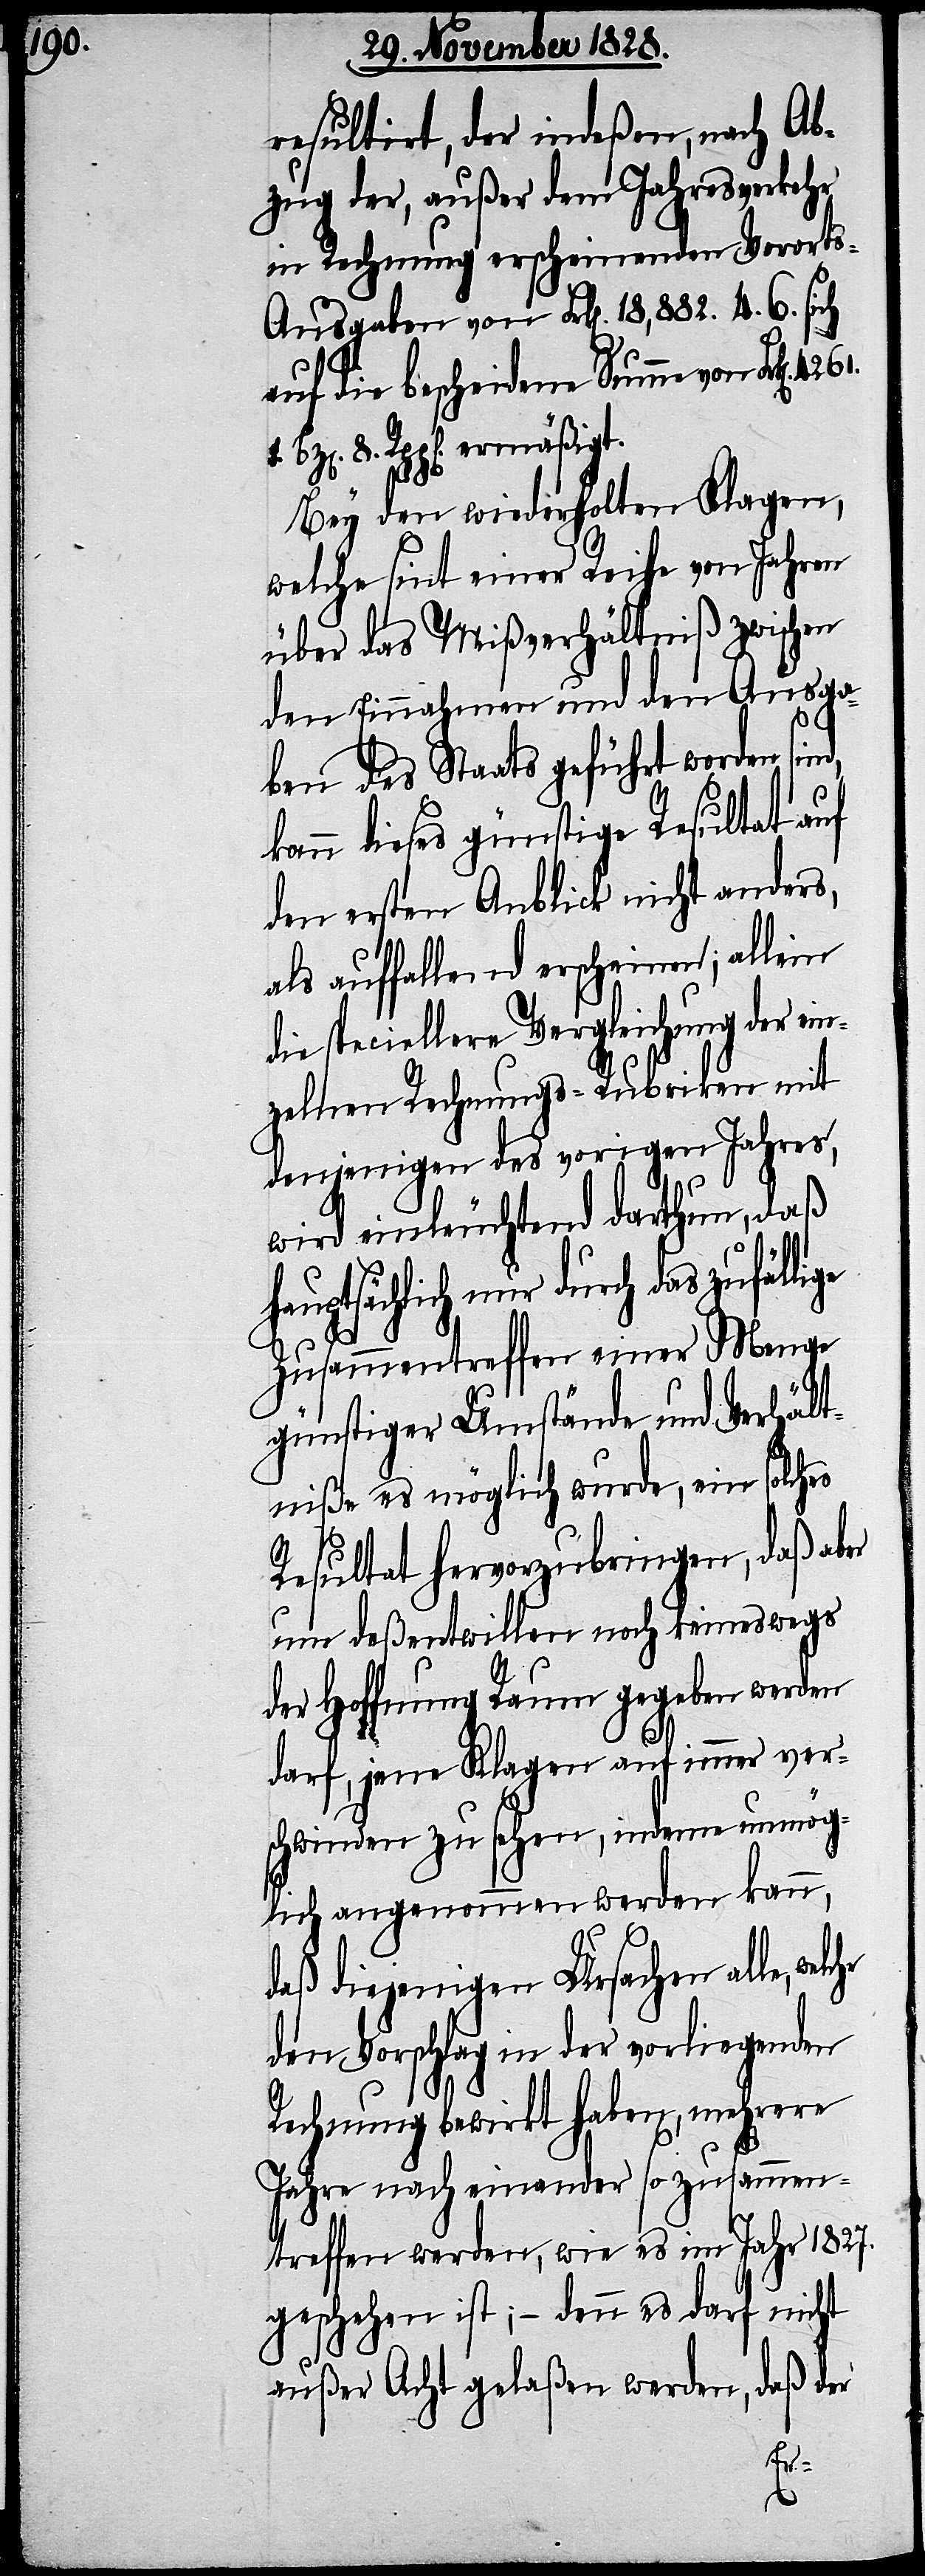
resultirt, der indeßen, nach Ab¬
zug der, außer dem Jahresverkehr
in Rechnung erscheinenden Vorort¬
s-Ausgaben von Frk[en]. 18,882. 4. 6. sich
auf die bescheidene Summe von Frk[en].
Rpp[en]. ermäßigt.
Bey den wiederholten Klagen,
welche sint einer Reihe von Jahren
über das Mißverhältniß zwischen
den Einnahmen und den Ausga¬
ben des Staats geführt worden
kann dieses günstige Resultat auf
den ersten Anblick nicht anders,
als auffallend erscheinen; allein
die speciellere Vergleichung der ein¬
zelnen Rechnungs-Rubriken mit
denjenigen des vorigen Jahres,
wird einleuchtend darthun, daß
sächlich nur durch das zufäl¬
Zusammentreffen einer Menge
günstiger Umstände und Verhält¬
niße es möglich wurde, ein solches
Resultat hervorzubringen, daß aber
um deßentweilen noch keineswegs
der Hoffnung Raum gegeben werden
darf, jene Klagen auf immer ver¬
schwinden zu sehen, indeme unmög¬
lich angenommen werden kann,
daß diejenigen Ursachen alle,
den Vorschlag in der vorliegenden
Rechnung bewirkt haben, mehrere
8.
Jahre nach einander so zusammen¬
treffen werden, wie es im Jahr 1827.
geschehen ist; – denn es darf nicht
außer Acht gelaßen werden, daß der
lige